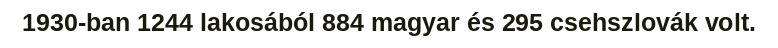
1930-ban 1244 lakosából 884 magyar és 295 csehszlovák volt.